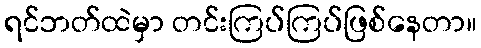
ရင်ဘတ်ထဲမှာ တင်းကြပ်ကြပ်ဖြစ်နေတာ။